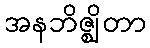
အနဘိဇ္ဈိတာ